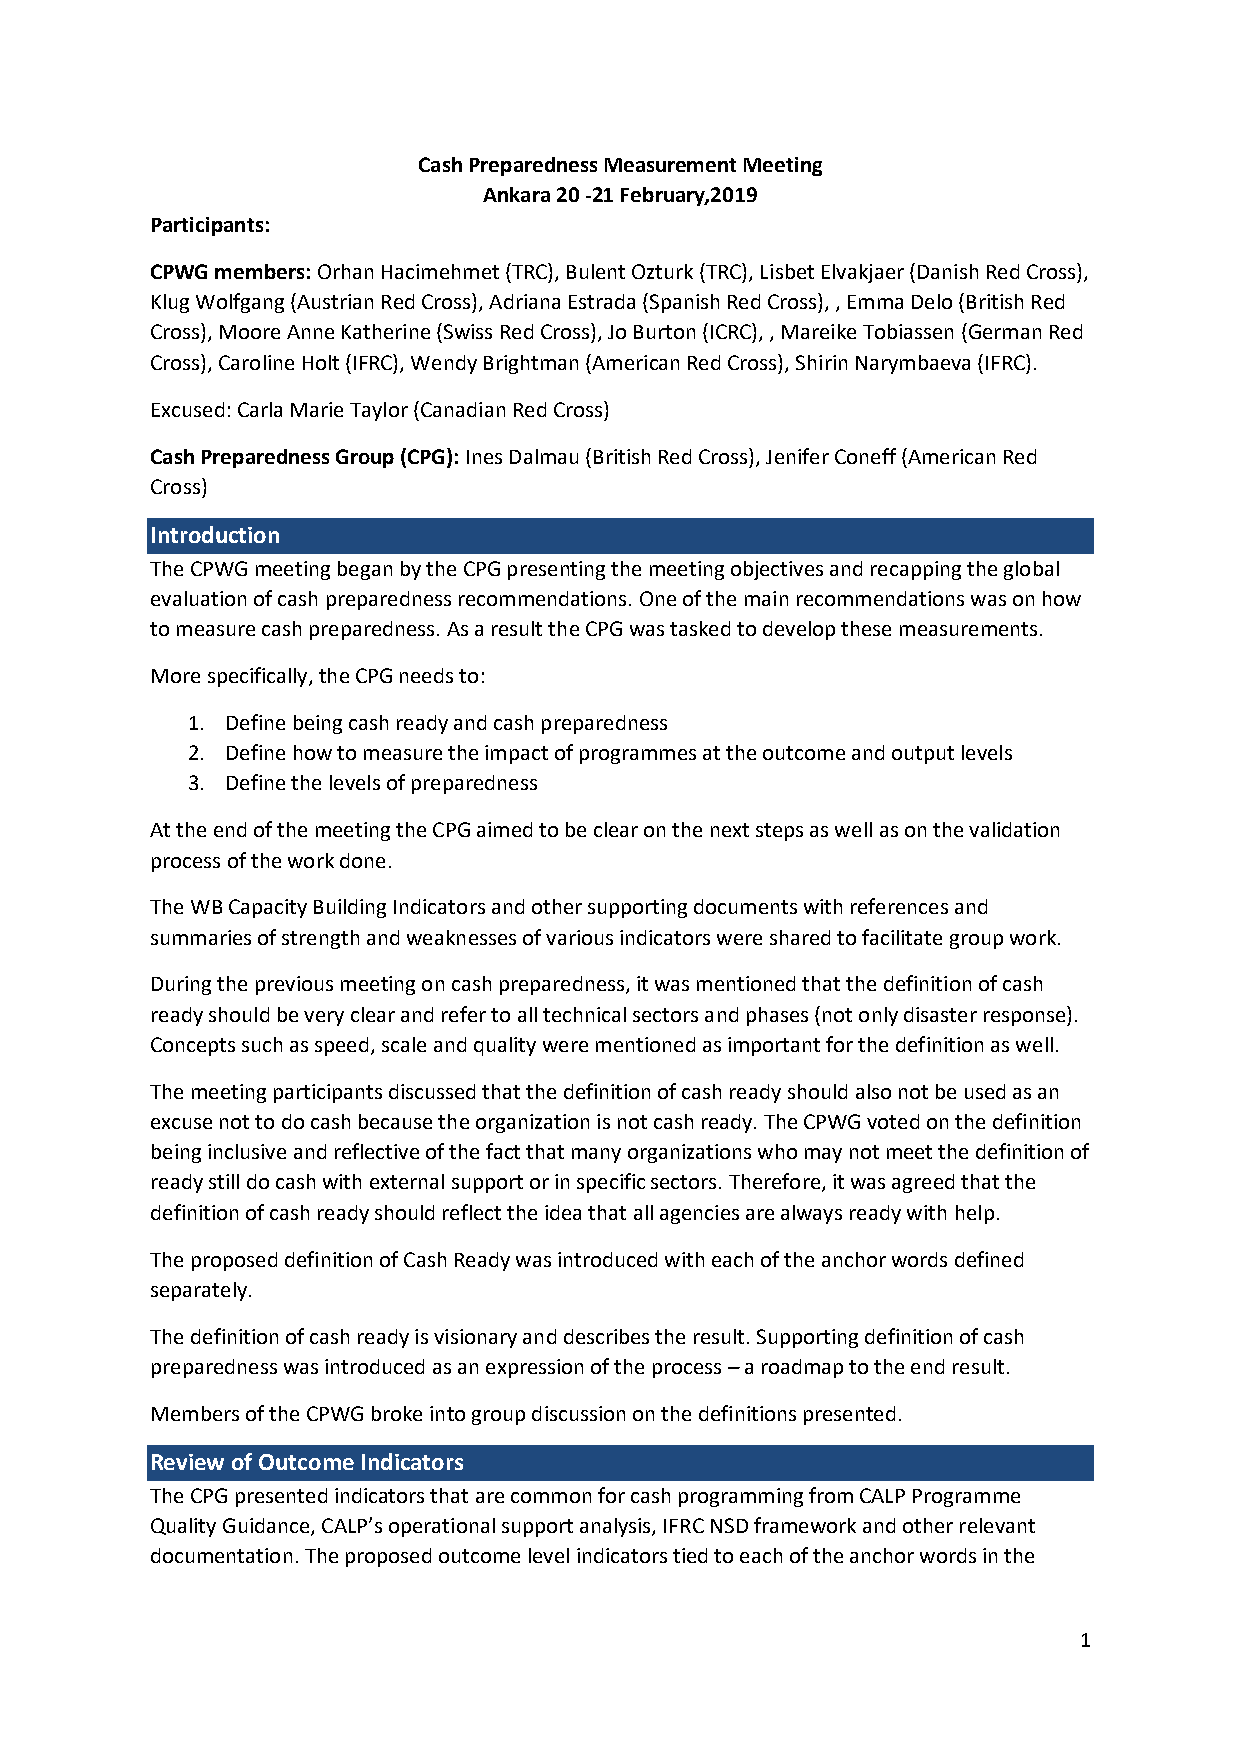
Cash Preparedness Measurement Meeting
 Ankara 20 -21 February,2019
 Participants:
 CPWG members: Orhan Hacimehmet (TRC), Bulent Ozturk (TRC), Lisbet Elvakjaer (Danish Red Cross),
 Klug Wolfgang (Austrian Red Cross), Adriana Estrada (Spanish Red Cross), , Emma Delo (British Red
 Cross), Moore Anne Katherine (Swiss Red Cross), Jo Burton (ICRC), , Mareike Tobiassen (German Red
 Cross), Caroline Holt (IFRC), Wendy Brightman (American Red Cross), Shirin Narymbaeva (IFRC).
 Excused: Carla Marie Taylor (Canadian Red Cross)
 Cash Preparedness Group (CPG): Ines Dalmau (British Red Cross), Jenifer Coneff (American Red
 Cross)
 Introduction
 The CPWG meeting began by the CPG presenting the meeting objectives and recapping the global
 evaluation of cash preparedness recommendations. One of the main recommendations was on how
 to measure cash preparedness. As a result the CPG was tasked to develop these measurements.
 More specifically, the CPG needs to:
 1. Define being cash ready and cash preparedness
 2. Define how to measure the impact of programmes at the outcome and output levels
 3. Define the levels of preparedness
 At the end of the meeting the CPG aimed to be clear on the next steps as well as on the validation
 process of the work done.
 The WB Capacity Building Indicators and other supporting documents with references and
 summaries of strength and weaknesses of various indicators were shared to facilitate group work.
 During the previous meeting on cash preparedness, it was mentioned that the definition of cash
 ready should be very clear and refer to all technical sectors and phases (not only disaster response).
 Concepts such as speed, scale and quality were mentioned as important for the definition as well.
 The meeting participants discussed that the definition of cash ready should also not be used as an
 excuse not to do cash because the organization is not cash ready. The CPWG voted on the definition
 being inclusive and reflective of the fact that many organizations who may not meet the definition of
 ready still do cash with external support or in specific sectors. Therefore, it was agreed that the
 definition of cash ready should reflect the idea that all agencies are always ready with help.
 The proposed definition of Cash Ready was introduced with each of the anchor words defined
 separately.
 The definition of cash ready is visionary and describes the result. Supporting definition of cash
 preparedness was introduced as an expression of the process – a roadmap to the end result.
 Members of the CPWG broke into group discussion on the definitions presented.
 Review of Outcome Indicators
 The CPG presented indicators that are common for cash programming from CALP Programme
 Quality Guidance, CALP’s operational support analysis, IFRC NSD framework and other relevant
 documentation. The proposed outcome level indicators tied to each of the anchor words in the
 1